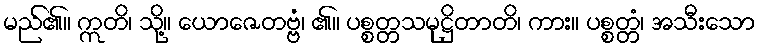
မည်၏။ ဣတိ၊ သို့။ ယောဇေတဗ္ဗံ၊ ၏။ ပစ္စတ္တသမုဋ္ဌိတာတိ၊ ကား။ ပစ္စတ္တံ၊ အသီးသော